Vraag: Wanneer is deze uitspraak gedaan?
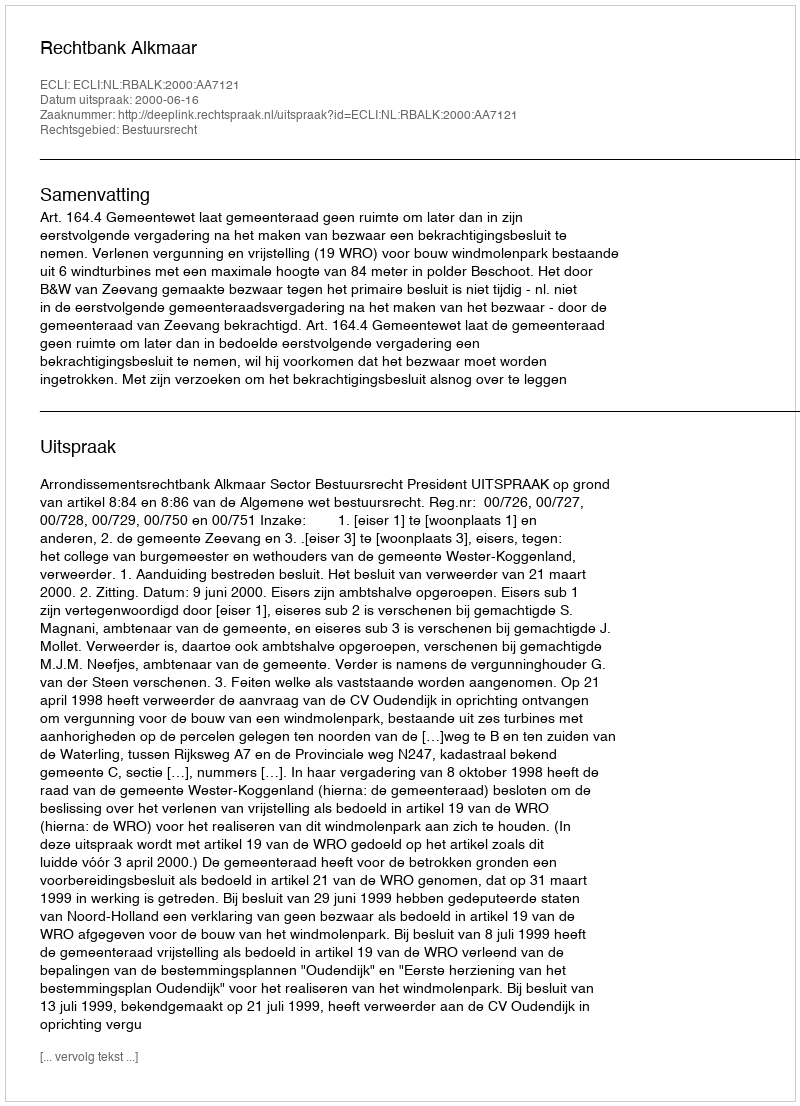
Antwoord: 2000-06-16